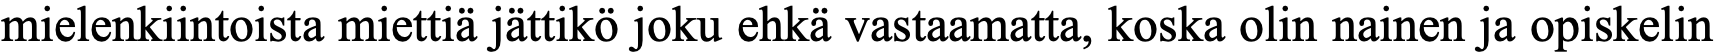
mielenkiintoista miettiä jättikö joku ehkä vastaamatta, koska olin nainen ja opiskelin